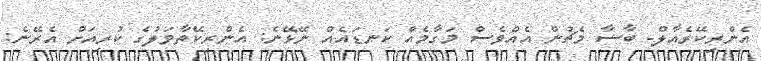
އެންރިކޭރެއާލް- ބާސާ މެޗުން އެއްވެސް މަގާމެއް ކަނޑައެއް ނޭޅޭނެ: އެންރިކޭތާވަލުގެ ކުރިއަށް އެރޭނެ: